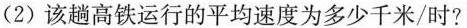
(2)该趟高铁运行的平均速度为多少千米/时?